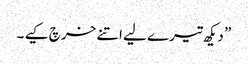
” دیکھ تیرے لیے اتنے خرچ کیے ۔